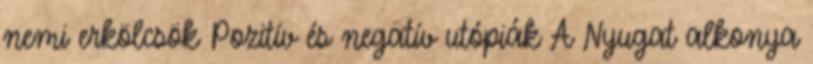
nemi erkölcsök Pozitív és negatív utópiák A Nyugat alkonya